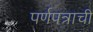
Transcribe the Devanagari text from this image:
पर्णपत्राची